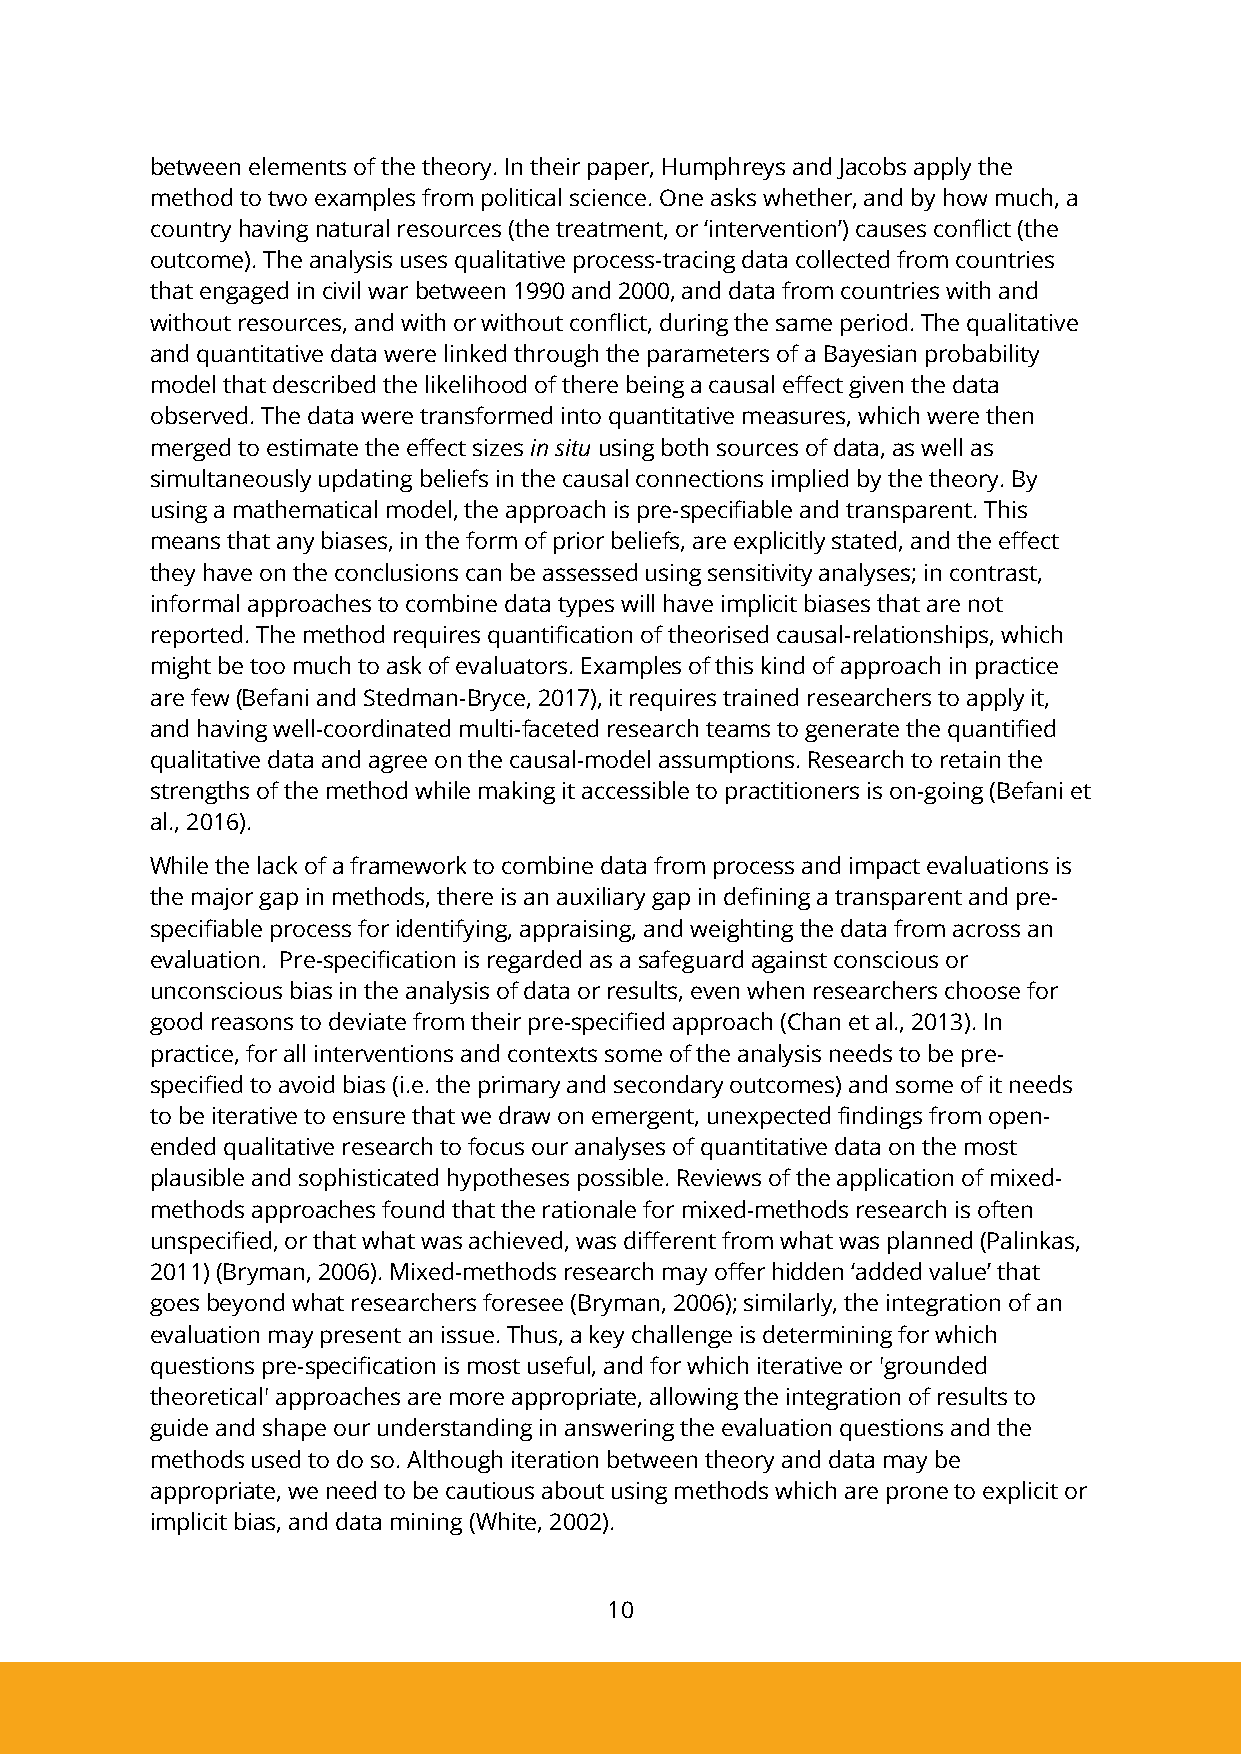
between elements of the theory. In their paper, Humphreys and Jacobs apply the
 method to two examples from political science. One asks whether, and by how much, a
 country having natural resources (the treatment, or ‘intervention’) causes conflict (the
 outcome). The analysis uses qualitative process-tracing data collected from countries
 that engaged in civil war between 1990 and 2000, and data from countries with and
 without resources, and with or without conflict, during the same period. The qualitative
 and quantitative data were linked through the parameters of a Bayesian probability
 model that described the likelihood of there being a causal effect given the data
 observed. The data were transformed into quantitative measures, which were then
 merged to estimate the effect sizes in situ using both sources of data, as well as
 simultaneously updating beliefs in the causal connections implied by the theory. By
 using a mathematical model, the approach is pre-specifiable and transparent. This
 means that any biases, in the form of prior beliefs, are explicitly stated, and the effect
 they have on the conclusions can be assessed using sensitivity analyses; in contrast,
 informal approaches to combine data types will have implicit biases that are not
 reported. The method requires quantification of theorised causal-relationships, which
 might be too much to ask of evaluators. Examples of this kind of approach in practice
 are few (Befani and Stedman-Bryce, 2017), it requires trained researchers to apply it,
 and having well-coordinated multi-faceted research teams to generate the quantified
 qualitative data and agree on the causal-model assumptions. Research to retain the
 strengths of the method while making it accessible to practitioners is on-going (Befani et
 al., 2016).
 While the lack of a framework to combine data from process and impact evaluations is
 the major gap in methods, there is an auxiliary gap in defining a transparent and pre-
 specifiable process for identifying, appraising, and weighting the data from across an
 evaluation. Pre-specification is regarded as a safeguard against conscious or
 unconscious bias in the analysis of data or results, even when researchers choose for
 good reasons to deviate from their pre-specified approach (Chan et al., 2013). In
 practice, for all interventions and contexts some of the analysis needs to be pre-
 specified to avoid bias (i.e. the primary and secondary outcomes) and some of it needs
 to be iterative to ensure that we draw on emergent, unexpected findings from open-
 ended qualitative research to focus our analyses of quantitative data on the most
 plausible and sophisticated hypotheses possible. Reviews of the application of mixed-
 methods approaches found that the rationale for mixed-methods research is often
 unspecified, or that what was achieved, was different from what was planned (Palinkas,
 2011) (Bryman, 2006). Mixed-methods research may offer hidden ‘added value’ that
 goes beyond what researchers foresee (Bryman, 2006); similarly, the integration of an
 evaluation may present an issue. Thus, a key challenge is determining for which
 questions pre-specification is most useful, and for which iterative or 'grounded
 theoretical' approaches are more appropriate, allowing the integration of results to
 guide and shape our understanding in answering the evaluation questions and the
 methods used to do so. Although iteration between theory and data may be
 appropriate, we need to be cautious about using methods which are prone to explicit or
 implicit bias, and data mining (White, 2002).
 10